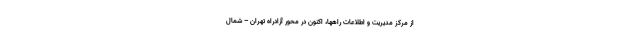
از مرکز مدیریت و اطلاعات راهها، اکنون در محور آزادراه تهران – شمال